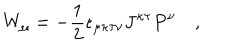
W _ { \mu } = - { \frac { 1 } { 2 } } \epsilon _ { \mu \kappa \tau \nu } J ^ { \kappa \tau } P ^ { \nu } \quad ,